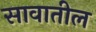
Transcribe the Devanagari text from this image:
सावातील